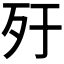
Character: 𣦿